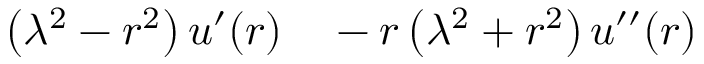
\begin{array} { r l } { \left( \lambda ^ { 2 } - r ^ { 2 } \right) u ^ { \prime } ( r ) } & { { } - r \left( \lambda ^ { 2 } + r ^ { 2 } \right) u ^ { \prime \prime } ( r ) } \end{array}